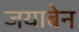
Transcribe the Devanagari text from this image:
जयाबेन